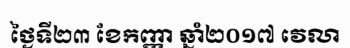
ថ្ងៃទី២៣ ខែកញ្ញា ឆ្នាំ២០១៧ វេលា